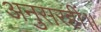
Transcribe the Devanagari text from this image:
अनुसरहीं॥